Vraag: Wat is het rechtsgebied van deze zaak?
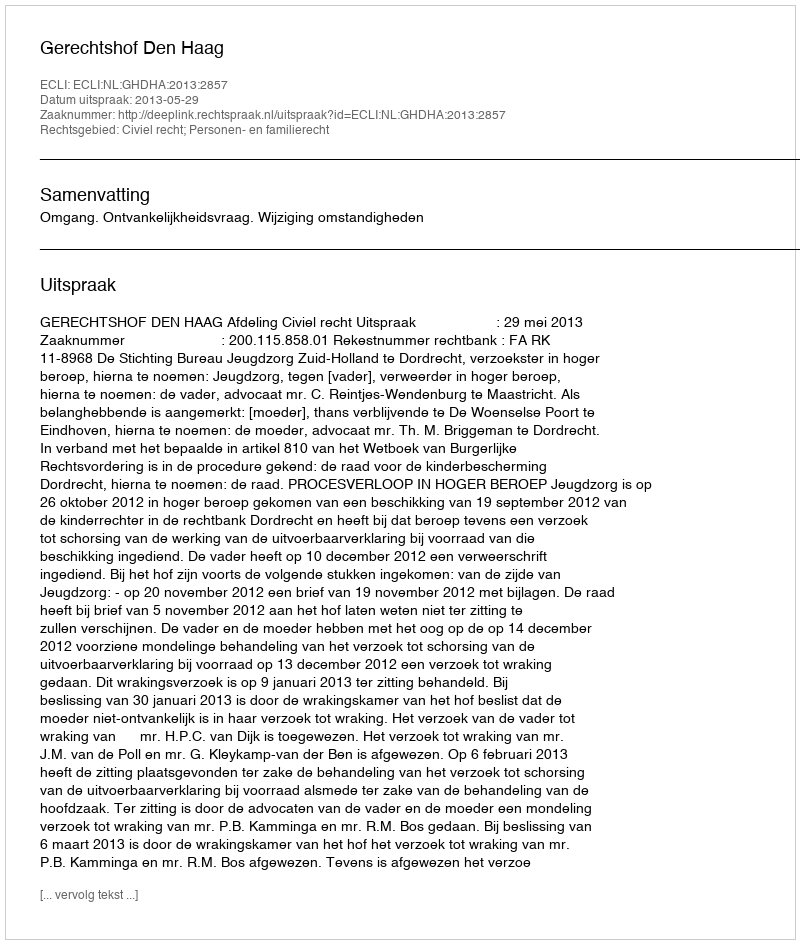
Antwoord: Civiel recht; Personen- en familierecht